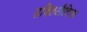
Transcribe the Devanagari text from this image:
उक्तिऔचित्य